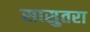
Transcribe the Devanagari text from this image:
सासुतरा